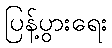
ပြန့်ပွားရေး